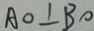
A O \bot B O